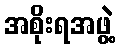
အစိုးရအဖွဲ့